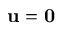
\mathbf { u } = \mathbf { 0 }